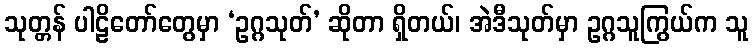
သုတ္တန် ပါဠိတော်တွေမှာ ‘ဥဂ္ဂသုတ်’ ဆိုတာ ရှိတယ်၊ အဲဒီသုတ်မှာ ဥဂ္ဂသူကြွယ်က သူ